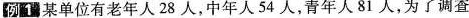
例配”某单位有老年人28人，中年人54人，青年人81人，为了调查